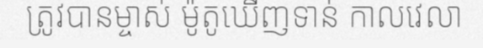
ត្រូវបានម្ចាស់ ម៉ូតូឃើញទាន់ កាលវេលា